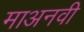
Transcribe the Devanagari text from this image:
माअनवी